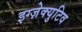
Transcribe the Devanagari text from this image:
इग्ज़ेक्युटिव